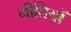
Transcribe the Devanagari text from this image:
नीतियोँ